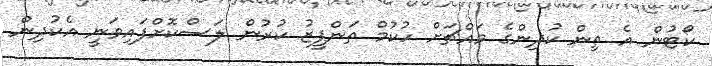
ކޯޓުން އެ ތިން ކުދިންގެ މައްޗަށް ހުކުމް ތަންފީޒު ކުރުން ލަސްކޮށްފައިވަނީ އެކުދިން